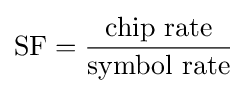
{\mbox{SF}}={\frac {\mbox{chip rate}}{\mbox{symbol rate}}}